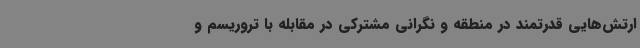
ارتش‌هایی قدرتمند در منطقه و نگرانی مشترکی در مقابله با تروریسم و